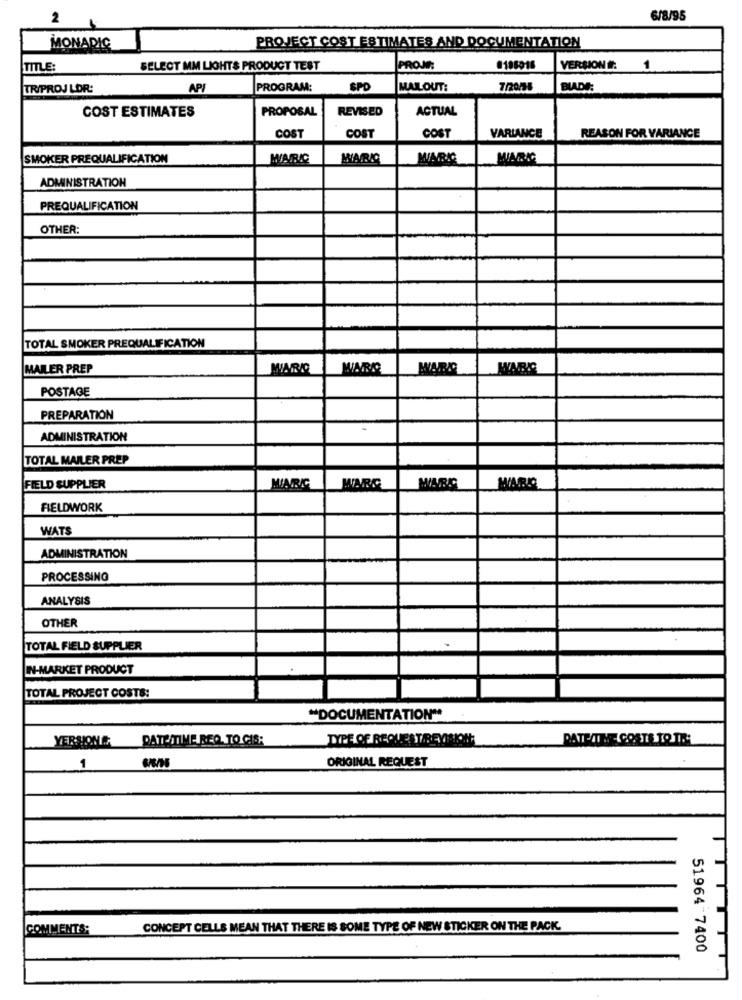
2
6/8/95
MONADIC
PROJECT COST ESTIMATES AND DOCUMENTATION
TITLE:
SELECT MM LICHT& PRODUCT TEST
PROJE
0196016
VERSION #:
1
TR/PROJ LOR:
API
PROGRAM:
SPD
MAILOUT:
7/20/9%
BLADE
COST ESTIMATES
PROPOSAL
REVISED
ACTUAL
COST
COST
COST
VARIANCE
REASON FOR VARIANCE
SMOKER PREQUALIFICATION
MARIC
MARK
ADMINISTRATION
PREQUALIFICATION
OTHER:
TOTAL SMOKER PREQUALIFICATION
MAILER PREP
MARIO
MARIO
WARD
POSTAGE
PREPARATION
-
ADMINISTRATION
TOTAL MAILER PREP
FIELD SUPPLIER
MARC
FIELDWORK
WATS
ADMINISTRATION
PROCESSING
ANALYSIS
OTHER
TOTAL FIELD SUPPLIER
IN-MARKET PRODUCT
TOTAL PROJECT COSTS:
"DOCUMENTATION"
YERSONG DATEITIME REQ. TO CIS;
TYPE OF REQUESTREVISION
DATE/TIME COSTS TO TR:
1
ORIGINAL REQUEST
COMMENTS:
CONCEPT CELLS MEAN THAT THERE IS SOME TYPE OF NEW STICKER ON THE PACK.
51964 -7400